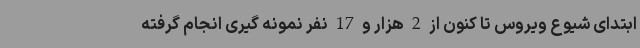
ابتدای شیوع ویروس تا کنون از 2 هزار و 17 نفر نمونه گیری انجام گرفته